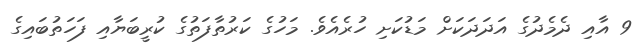
9 އާއި ދެމެދުގެ އަދަދަކަށް މަޑުކަށި ހުރެއެވެ. މަހުގެ ކަރުތާފަތުގެ ކުރީބަޔާއި ފަހަތުބައިގެ